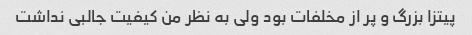
پیتزا بزرگ و پر از مخلفات بود ولی به نظر من کیفیت جالبی نداشت